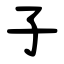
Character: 子